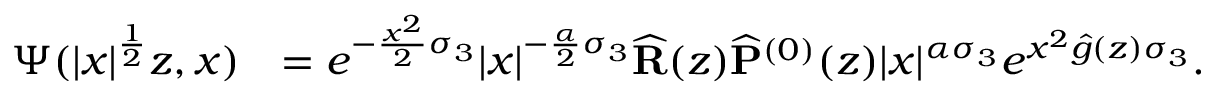
\begin{array} { r l } { \Psi ( | x | ^ { \frac { 1 } { 2 } } z , x ) } & { = e ^ { - \frac { x ^ { 2 } } { 2 } \sigma _ { 3 } } | x | ^ { - \frac { \alpha } { 2 } \sigma _ { 3 } } \widehat { \mathbf { R } } ( z ) \widehat { \mathbf { P } } ^ { ( 0 ) } ( z ) | x | ^ { \alpha \sigma _ { 3 } } e ^ { x ^ { 2 } \widehat { g } ( z ) \sigma _ { 3 } } . } \end{array}